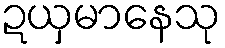
ဍယှမာနေသု